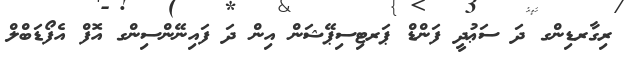
ރިގާރޑިންގ ދަ ސަޢުދީ ފަންޑް ޕަރޓިސިޕޭޝަން އިން ދަ ފައިނޭންސިންގ އޮފް އެފޯޑަބްލް